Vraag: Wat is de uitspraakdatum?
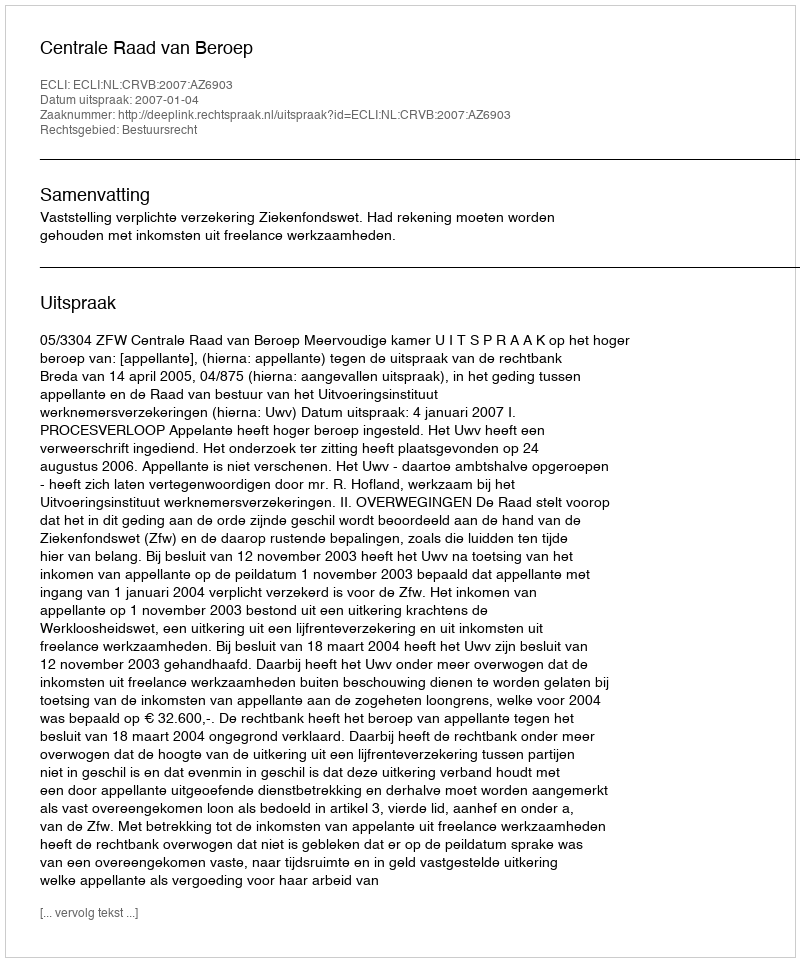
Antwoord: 2007-01-04